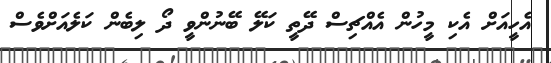
އެހީއަށް އެކި މީހުން އެއްޗިސް ދޭތީ ކަލޭ ބޭނުންވީ ދޯ ލިބެން ކަލެއަށްވެސް